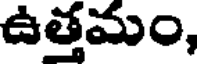
ఉత్తమం,